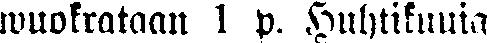
wuokrataan 1 p. Huhtikuuta